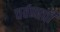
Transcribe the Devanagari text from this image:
चर्वणाची